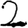
Digit: 2